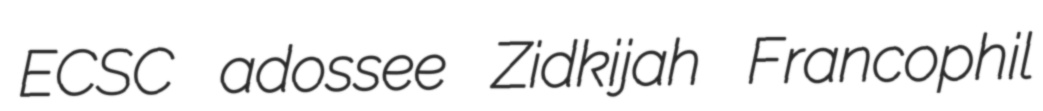
ECSC adossee Zidkijah Francophil